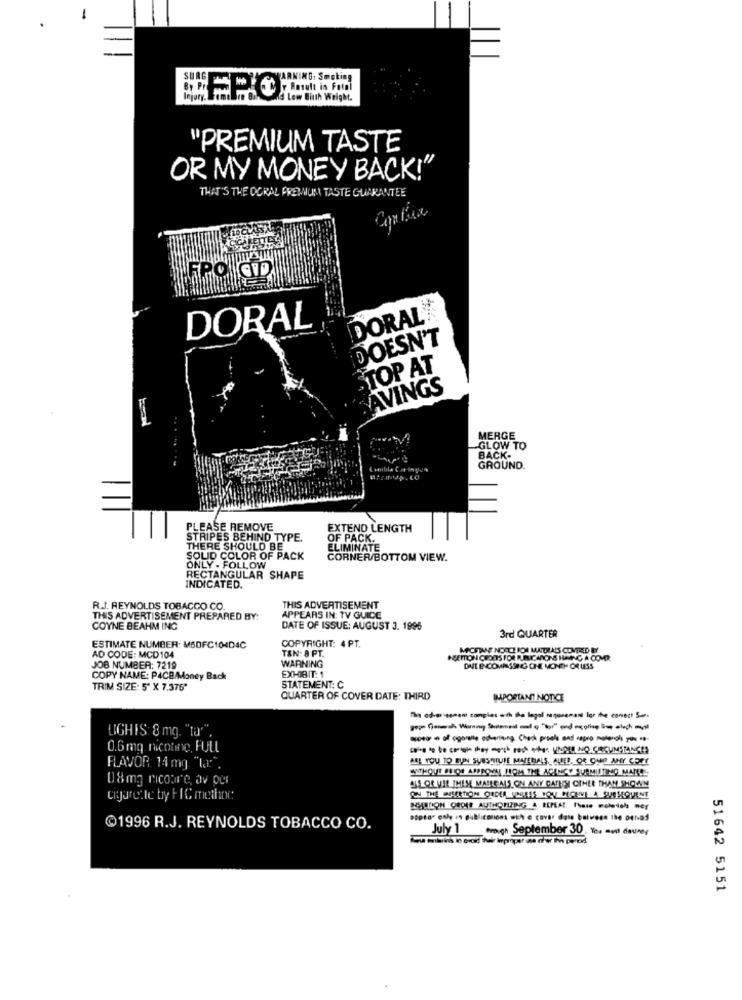
WARNING: Smoking
Y Result in Fetal
Id Low Birth Weight.
"PREMIUM TASTE
OR MY MONEY BACK!"
THAT'S THE OCRAL PREMIUM TASTE GUARANTEE
DORAL
DORA
DOESN'T
TOP AT
AVINGS
MERGE
GLOW TO
BACK-
GROUND.
PLEASE REMOVE
EXTEND LENGTH
STRIPES BEHIND TYPE.
OF PACK.
THERE SHOULD BE
ELIMINATE
SOLID COLOR OF PACK
CORNER/BOTTOM VIEW.
ONLY - FOLLOW
RECTANGULAR SHAPE
INDICATED.
R.J. REYNOLDS TOBACCO CO.
THIS ADVERTISEMENT
THIS ADVERTISEMENT PREPARED BY:
APPEARS IN: TV GUIDE
COYNE BEAHM ING
DATE OF ISSUE: AUGUST 3. 1996
3rd QUARTER
COPYRIGHT: 4 PT.
ESTIMATE NUMBER: M6DFC104D4C
TAN: 8 PT.
MICHTANE NOOCH ROME MATTHAIS COVERED BY
AD CODE: MCD104
WARNING
NSETTON CEDOIS FOR PUBLICARONS HAVING A COMO.
JOB NUMBER: 7219
ONE ENCOMPASSING ONE MONTH OR USS
COPY NAME: P4CB/Money Back
TRIM SIZE: 5" X 7.376*
STATEMENT: C
QUARTER OF COVER DATE: THIRD
IMPORTANT NOTICE
LIGHIS: 8 mg. "ta'".
0.6 mq nicotine, FULL
ANL YOU TO BUN SURSHIIUIE MATERIALS_CLUED, OR CHO ANY COPY
FLAVOR 14 mg "la:".
WITHOUT PRIOR APPROVAL FROM THE AGENCY SUBMITTING MARC
0.8 mg ricoare, av per
ALS OR VAL THESE MAIREALS ON ANY CATHY OTHER THAN SHOWM
cigarette by FIC methine
ON THE BEARTION ORDER UNLESS YOU RECEIVE A SUESEQUENT
HEIDION OROFF AUTHORIZING A REPEAT. These moledich ner
@1996 R.J. REYNOLDS TOBACCO CO.
July 1 trough September 30, Yo. men deuney
51642 5151